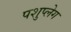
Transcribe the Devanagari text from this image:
पशुप्लेग